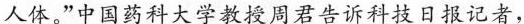
人体。”中国药科大学教授周君告诉科技日报记者，